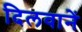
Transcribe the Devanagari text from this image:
दिलवानें